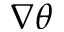
\nabla \theta